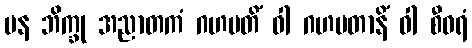
ပန ဘိက္ခု အညာတကံ ဂဟပတိံ ဝါ ဂဟပတာနိံ ဝါ စီဝရံ